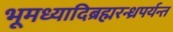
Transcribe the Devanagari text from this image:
भूमध्यादिब्रह्मरन्ध्रपर्यन्त